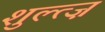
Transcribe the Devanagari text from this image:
शुल्त्ज़